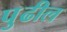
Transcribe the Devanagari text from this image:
पुुढील